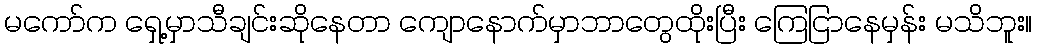
မကော်က ရှေ့မှာသီချင်းဆိုနေတာ ကျောနောက်မှာဘာတွေထိုးပြီး ကြေငြာနေမှန်း မသိဘူး။